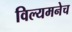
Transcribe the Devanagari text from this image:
विल्यमनेच